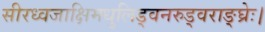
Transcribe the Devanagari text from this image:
सीरध्वजाक्षिमधुलिड्वनरुड्वराङ्घ्रेः।